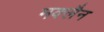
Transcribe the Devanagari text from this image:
मक्लैन